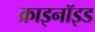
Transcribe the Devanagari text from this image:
क्राइनॉइड